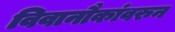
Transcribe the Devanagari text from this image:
विवानौकांवरुन